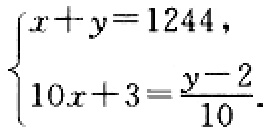
$\begin{cases}
x + y = 1244,\\
10x + 3 = \frac{y - 2}{10}.
\end{cases}$